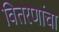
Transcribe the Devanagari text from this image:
वितरणांचा